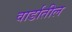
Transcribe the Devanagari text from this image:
वार्डातील